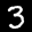
Label: 3